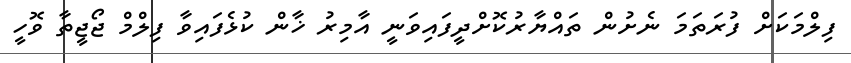
ފިލްމަކަށް ފުރަތަމަ ނެށުން ތައްޔާރުކޮށްދީފައިވަނީ އާމިރު ޚާން ކުޅެފައިވާ ފިލްމް ޖޯޖީތާ ވޮހީ